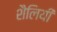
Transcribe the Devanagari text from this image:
शैलियीं